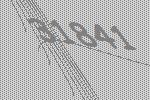
31841